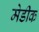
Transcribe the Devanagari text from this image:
मेडीक